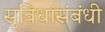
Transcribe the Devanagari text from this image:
सुविधांसंबंधी